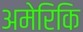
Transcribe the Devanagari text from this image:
अमेरिकि